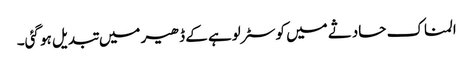
المناک حادثے میں کوسٹر لوہے کے ڈھیر میں تبدیل ہو گئی۔